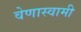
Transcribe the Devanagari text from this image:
वेणास्वामी